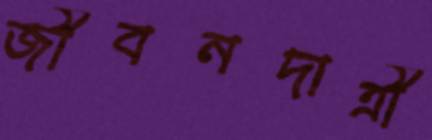
জীবনদাত্রী